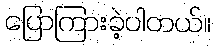
ပြောကြားခဲ့ပါတယ်။